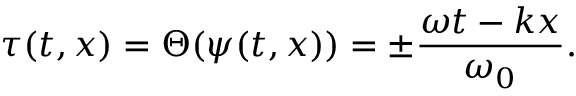
\tau ( t , x ) = \Theta ( \psi ( t , x ) ) = \pm \frac { \omega t - k x } { \omega _ { 0 } } .